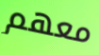
معهم